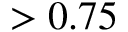
> 0 . 7 5